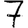
Digit: 7